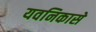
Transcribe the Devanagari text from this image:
यवनिकासे